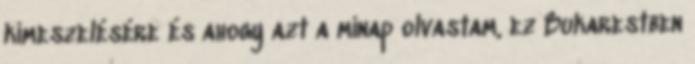
kimeszelésére és ahogy azt a minap olvastam, ez Bukarestben